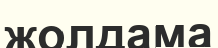
жолдама